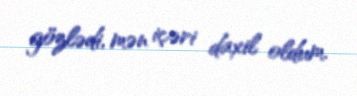
gözlədi, mən içəri daxil oldum.